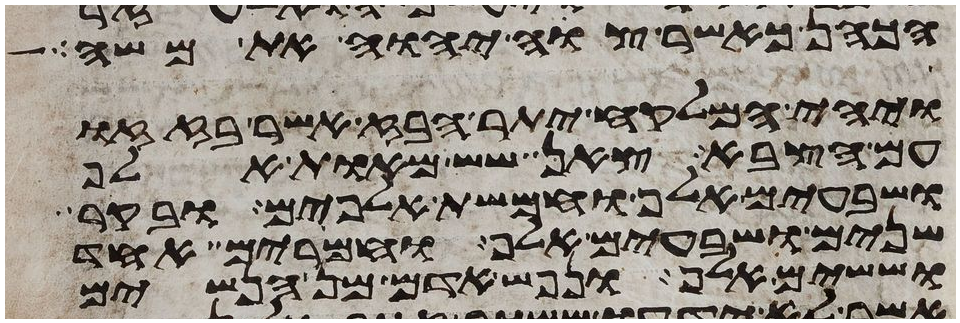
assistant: הכהן כאשר צוה יהוה את משה
ויהי המלקח יתר הבז אשר בזזו
עם הצבא צאן שש מאות אלף
ושבעים אלף וחמשת אלפים ובקר
שנים ושבעים אלף וחמרים אחד
וששים אלף ונפש אדם מן הנשים